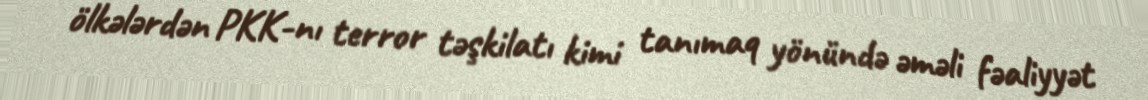
ölkələrdən PKK-nı terror təşkilatı kimi tanımaq yönündə əməli fəaliyyət